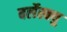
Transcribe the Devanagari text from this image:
बर्लेस्क्यु